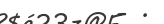
- .